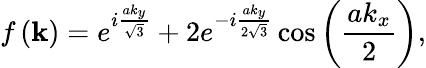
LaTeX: f\left(\mathbf{k}\right)=e^{i\frac{ak_{y}}{\sqrt{3}}}+2e^{-i\frac{ak_{y}}{2\sqrt{3}}}\cos\left(\frac{ak_{x}}{2}\right),